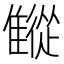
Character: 𩀨